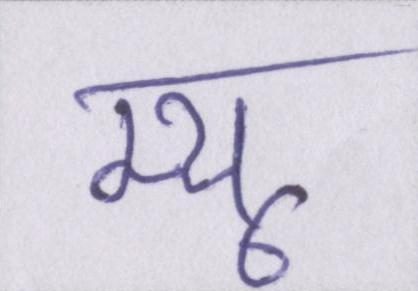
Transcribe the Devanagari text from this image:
म्यू